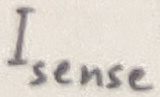
Text: Isense